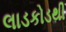
લાડકોડથી